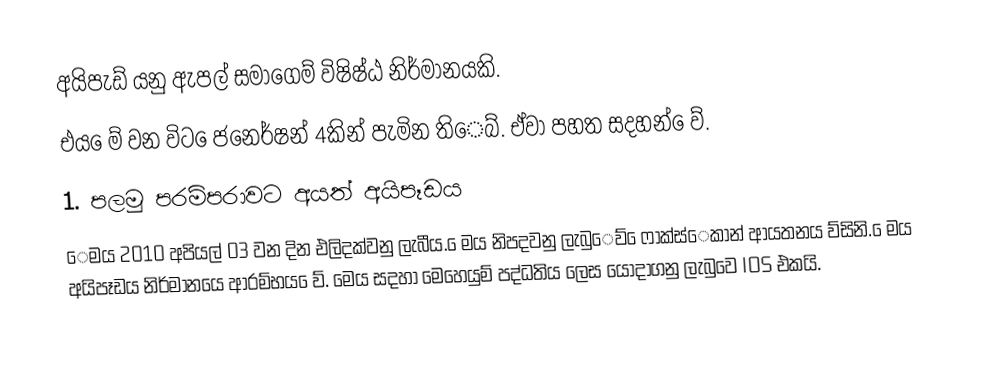
අයිපැඩ් යනු ඇපල් සමාගෙම් විෂිෂ්ඨ නිර්මානයකි.
එය ෙම් වන විට ෙජනෙර්ෂන් 4කින් පැමින තිෙබ්. ඒවා පහත සදහන් ෙව්.
1. පලමු පරම්පරාවට අයත් අයිපෑඩය
               ෙමය 2010  අපියල් 03 වන දින එලිදක්වනු ලැබීය. ෙමය නිපදවනු ලැබුෙව් ෙෆාක්ස්ෙකාන් ආයතනය ව්සිනි. ෙමය අයිපෑඩය නිර්මානයෙ ආරම්භය ෙව්. මෙය සදහා මෙහෙයුම් පද්ධතිය ලෙස යොදාගනු ලැබුවෙ IOS එකයි.